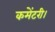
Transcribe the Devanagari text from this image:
कमेंटरी।